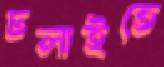
ঢলাইতে